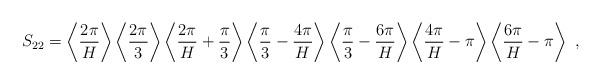
LaTeX: \begin{align*}S_{22}=\left\langle \frac{2\pi}{H}\right\rangle\left\langle \frac{2\pi}{3}\right\rangle\left\langle \frac{2\pi}{H}+\frac{\pi}{3} \right\rangle\left\langle \frac{\pi}{3}-\frac{4\pi}{H}\right\rangle\left\langle \frac{\pi}{3}-\frac{6\pi}{H}\right\rangle\left\langle \frac{4\pi}{H}-\pi\right\rangle\left\langle \frac{6\pi}{H}-\pi\right\rangle \ ,\end{align*}